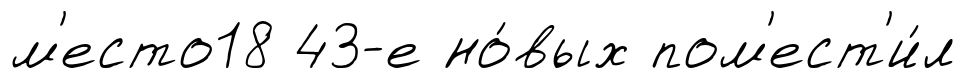
м'есто18 43-е но́вых пом'ест'и́л